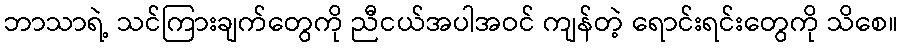
ဘာသာရဲ့ သင်ကြားချက်တွေကို ညီငယ်အပါအဝင် ကျန်တဲ့ ရောင်းရင်းတွေကို သိစေ။